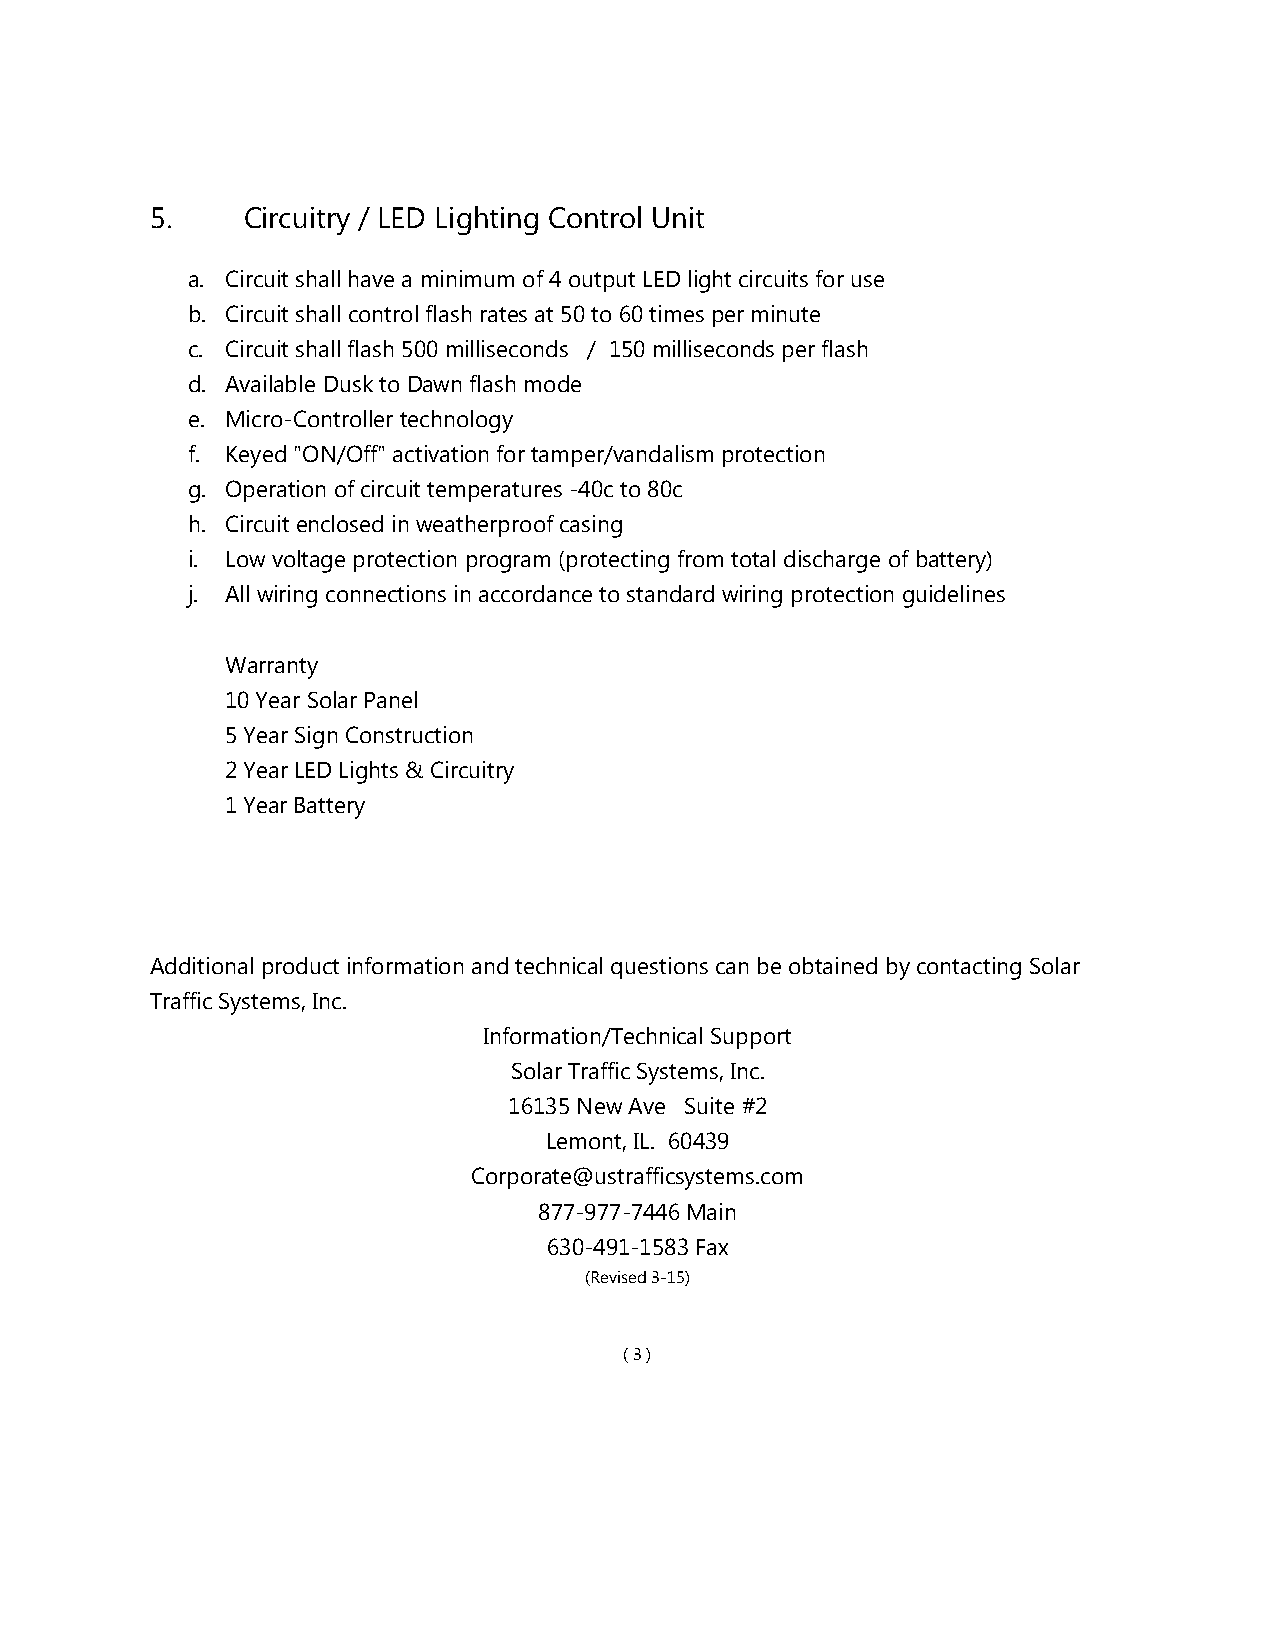
5.    Circuitry / LED Lighting Control Unit
 a. Circuit shall have a minimum of 4 output LED light circuits for use
 b. Circuit shall control flash rates at 50 to 60 times per minute
 c. Circuit shall flash 500 milliseconds / 150 milliseconds per flash
 d. Available Dusk to Dawn flash mode
 e. Micro-Controller technology
 f. Keyed "ON/Off" activation for tamper/vandalism protection
 g. Operation of circuit temperatures -40c to 80c
 h. Circuit enclosed in weatherproof casing
 i. Low voltage protection program (protecting from total discharge of battery)
 j. All wiring connections in accordance to standard wiring protection guidelines
 Warranty
 10 Year Solar Panel
 5 Year Sign Construction
 2 Year LED Lights & Circuitry
 1 Year Battery
 Additional product information and technical questions can be obtained by contacting Solar
 Traffic Systems, Inc.
 Information/Technical Support
 Solar Traffic Systems, Inc.
 16135 New Ave Suite #2
 Lemont, IL. 60439
 Corporate@ustrafficsystems.com
 877-977-7446 Main
 630-491-1583 Fax
 (Revised 3-15)
 ( 3 )